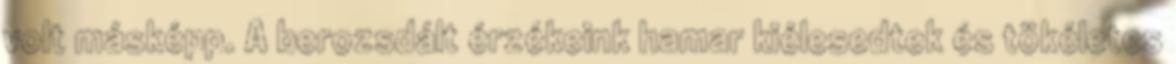
volt másképp. A berozsdált érzékeink hamar kiélesedtek és tökéletes